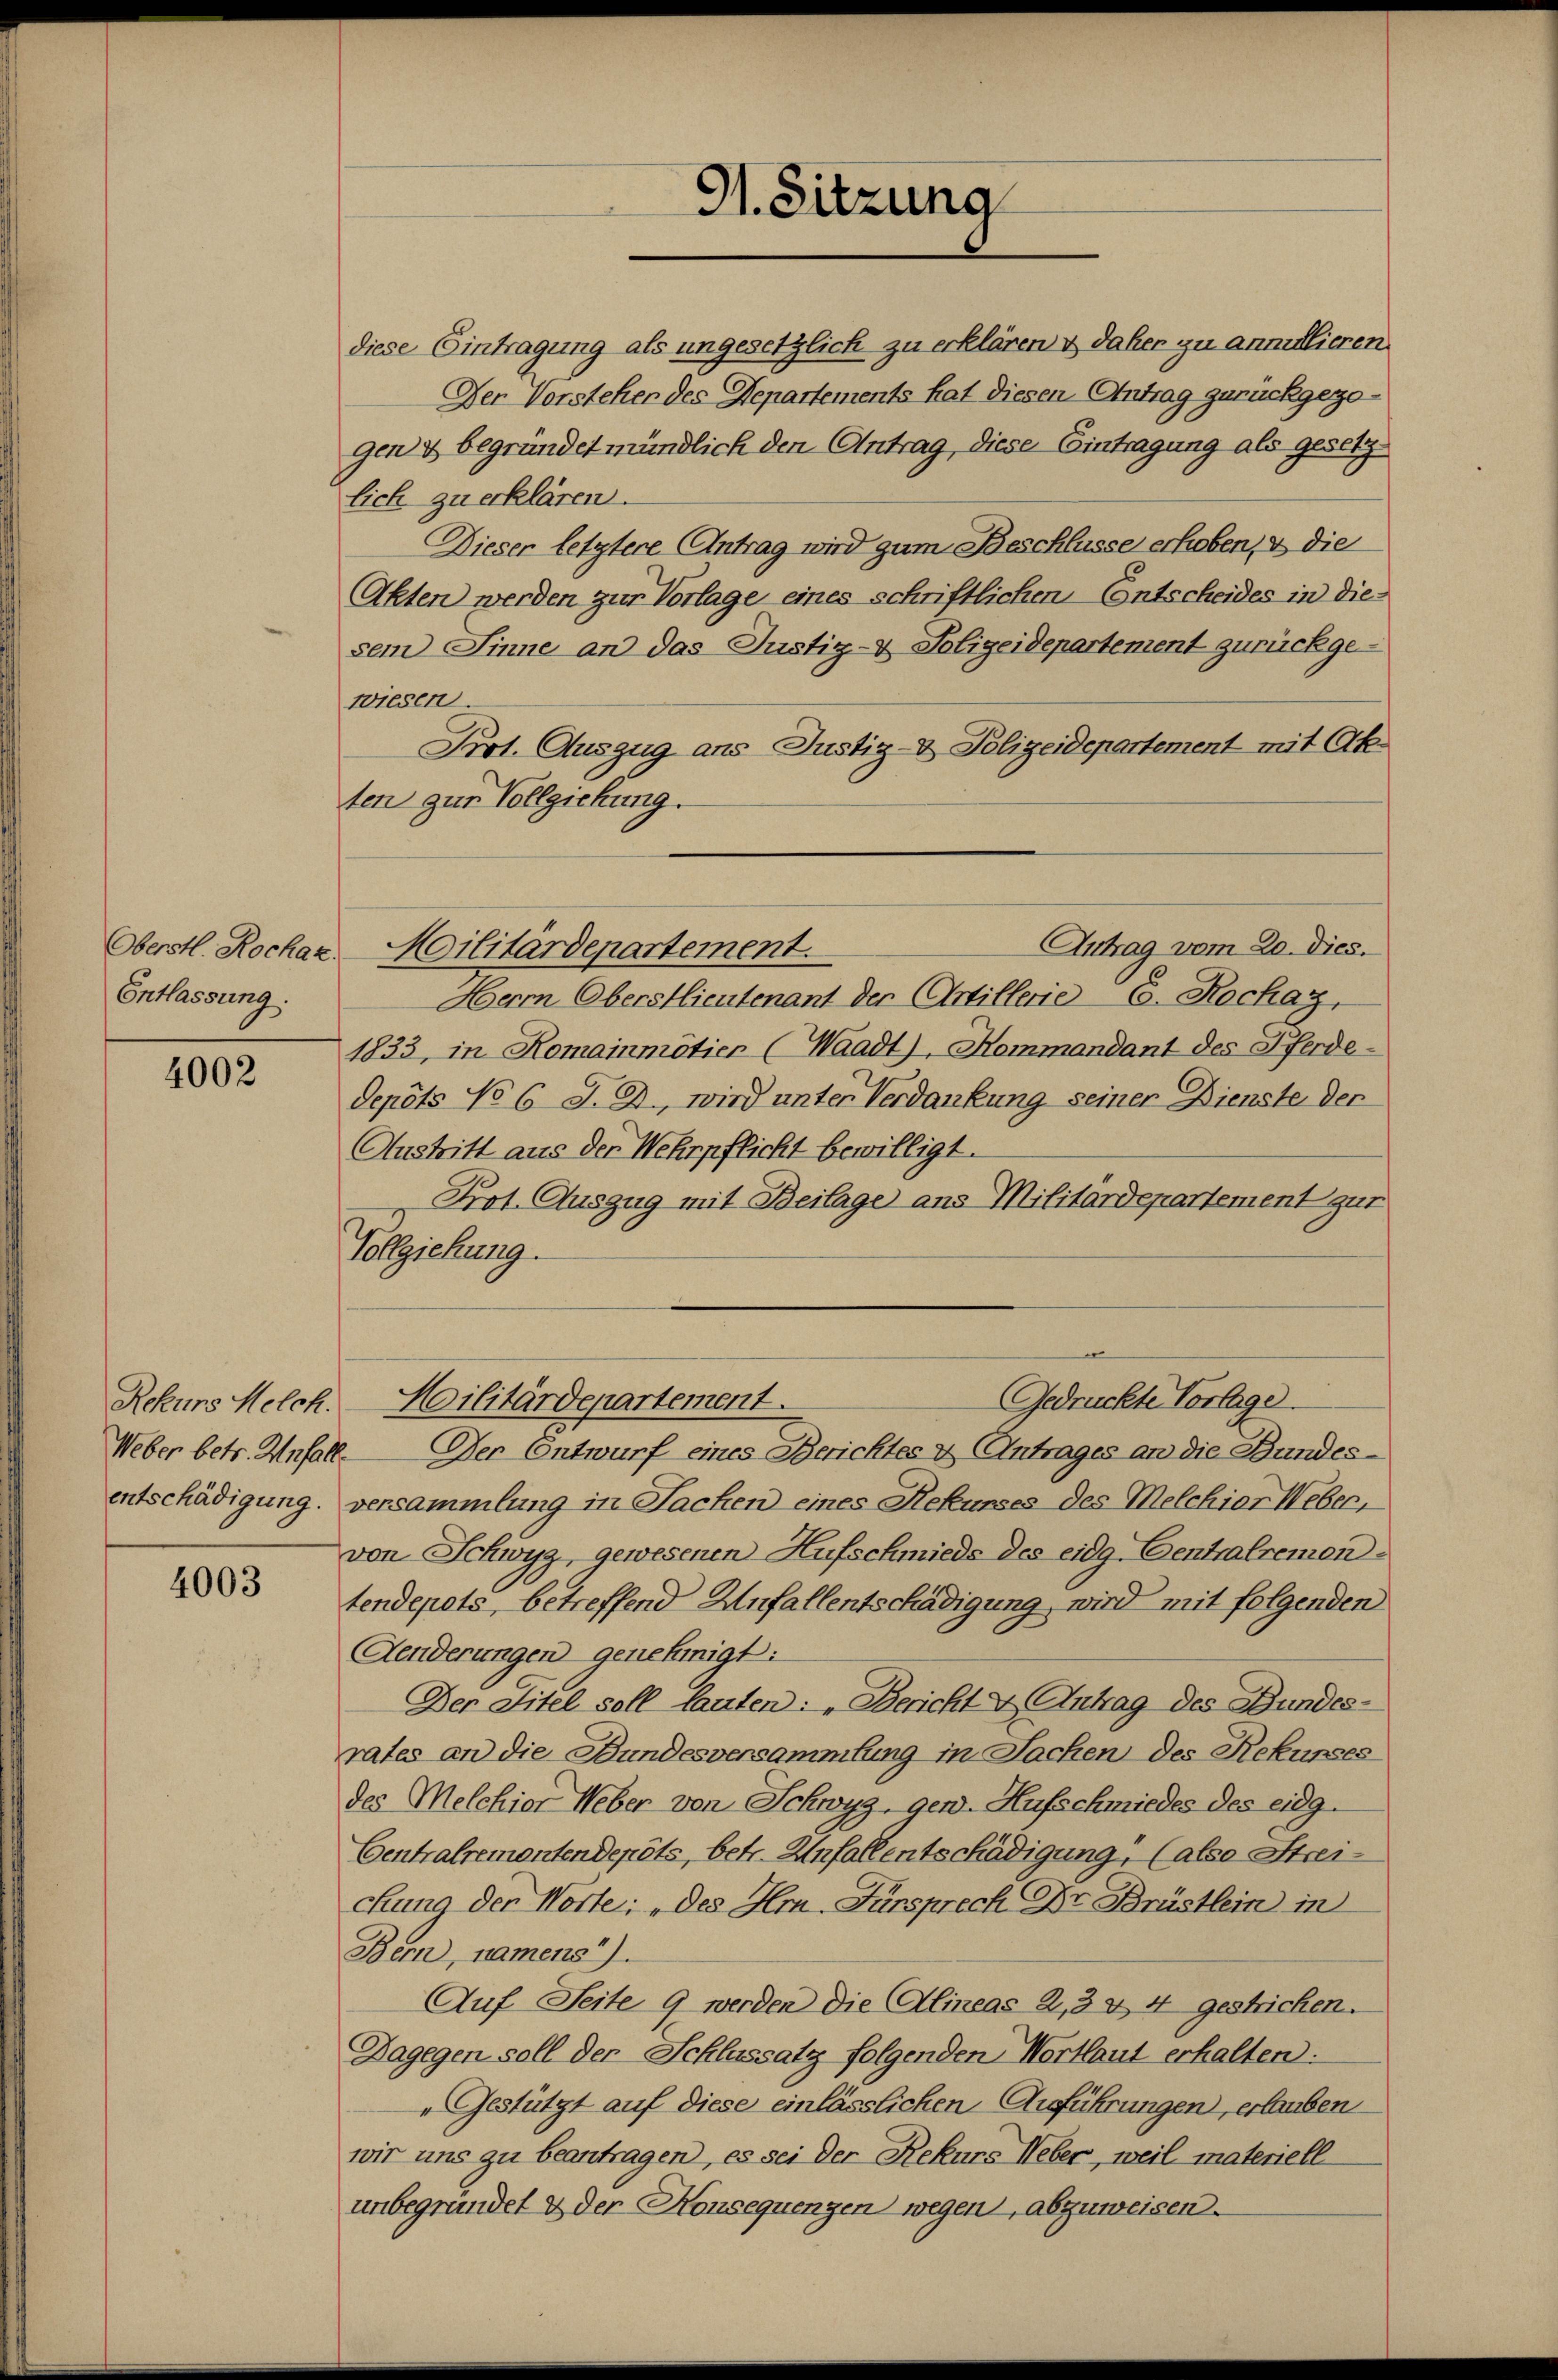
Oberstl. Rochaz
Entlassung:

4002

Weber betr. Unfall

4003

91. Sitzung

diese Eintragung als ungesetzlich zu erklären & daher zu annullieren
Der Vorsteher des Departements hat diesen Antrag zurückgezogen & begründet mündlich den Antrag, diese Eintragung als gesetzlich zu erklären.
Dieser letztere Antrag wird zum Beschlusse erhoben, & die
Akten werden zur Vorlage eines schriftlichen Entscheides in die
sem Sinne an das Justiz- & Polizeidepartement zurückgewiesen.
Prot. Auszug aus Justiz- & Polizeidepartement mit Ok
ten zur Vollziehung.
Herrn Oberstlieutenant der Artillerie E. Hochay,
1833, in Komainmötier (Waadt), Kommandant des Pferde-
Depots No 6 J. J., wird unter Verdankung seiner Dienste der
Austritt aus der Wehrpflicht bewilligt.
Prot. Auszug mit Beilage ans Militardepartement gut
Vollziehung.
Gedrückte Vorlage.
Rekurs Melch. Militärdepartement.
Der Entwurf eines Berichtes & Antrages an die Bundesentschädigung, versammlung in Sachen eines Rekurses des Melchior Weber,
von Schwyz, gewesenen Hufschmieds des eidg. Centralremon
tendepots, betreffend Anfallentschädigung, wird mit folgenden
Aenderungen genehmigt:
Der Titel soll lauten: „Bericht & Antrag des Bundes-
rates an die Bundesversammlung in Sachen des Rekurses
des Melchior Weber von Schwyz, gen. Hufschmiedes des eidg.
Centralremontendepots, betr. Unfallentschädigung (also Streichung der Worte: „des Hr. Fürsprech Dr Brüstlein in
Bern, namens).
Auf Seite 9 werden die Alineas 2, 3 & 4 gestricken.
Dagegen soll der Schlassatz folgenden Wortlaut erhalten:
Gestützt auf diese einlässlichen Anführungen, erheben
wir uns zu beantragen, es sei der Rekurs Weber, weil materiell
unbegründet & der Konsequengen wegen, abzuweisen.

Antrag vom 20. dies.
Militärdepartement.